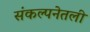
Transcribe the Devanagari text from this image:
संकल्पनेतली